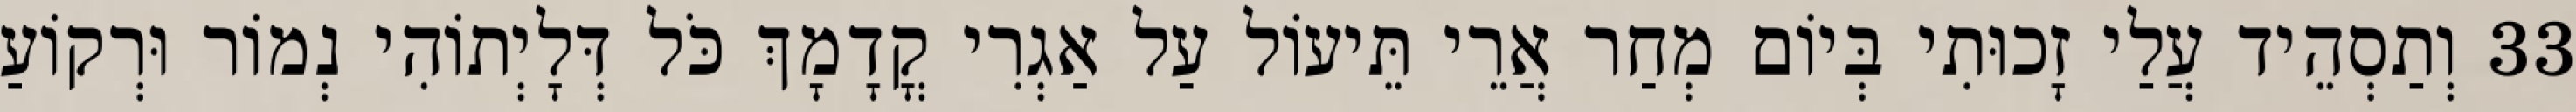
33 וְתַסְהֵיד עֲלַי זָכוּתִי בְּיוֹם מְחַר אֲרֵי תֵּיעוֹל עַל אַגְרִי קֳדָמָךְ כֹּל דְּלָיְתוֹהִי נְמוֹר וּרְקוֹעַ